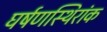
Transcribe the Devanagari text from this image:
घर्षणस्थिरांक